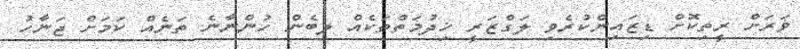
ވަރަށް ރީތިކޮށް ޑިޒައިންކުރެވި ލަގްޒަރީ ޚިދުމަތްތަކެއް ލިބެން ހުންނާނެ ތަނެއް ކަމަށް ޖަނާހު